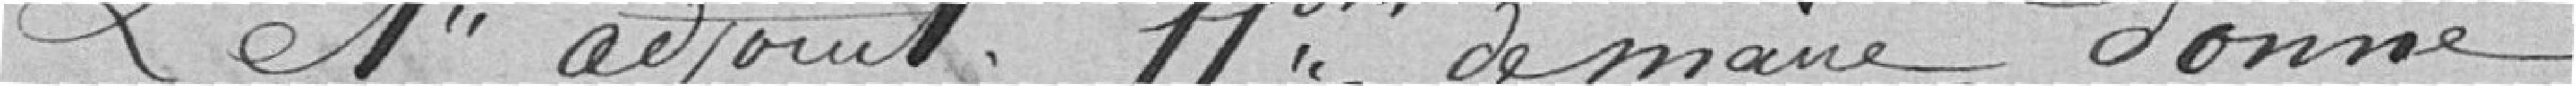
Le 1er adjoint faisant fonction de maire donne